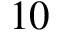
1 0